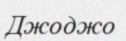
Джоджо